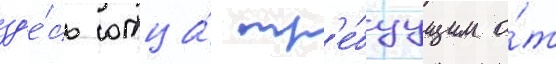
зд'е́сь отца́ тр'е́буущим о́т